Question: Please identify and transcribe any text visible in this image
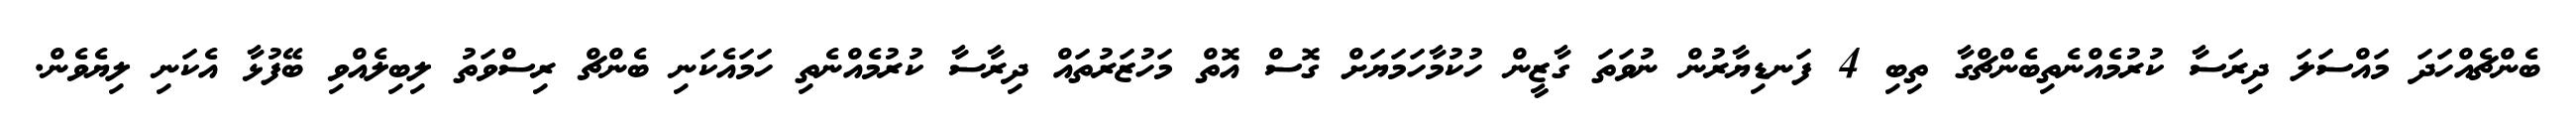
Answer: ބެންޗެއްހަދަ މައްސަލަ ދިރަސާ ކުރުމެއްނެތިބެންޗްގާ ތިބި 4 ފަނޑިޔާރުން ނުވަތަ ގާޒީން ހުކުމާހަމަޔަށް ގޮސް އޮތް މަހުޒަރުތައް ދިރާސާ ކުރުމެއްނެތި ހަމައެކަނި ބެންޗް ރިސްވަތު ލިބިލެއްވި ބޭފުޅާ އެކަނި ލިޔެވެން.